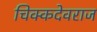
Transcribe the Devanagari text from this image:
चिक्कदेवराज